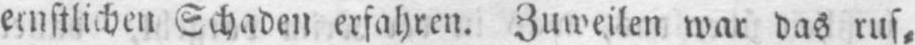
ernstlichen Schaden erfahren. Zuweilen war das rus⸗